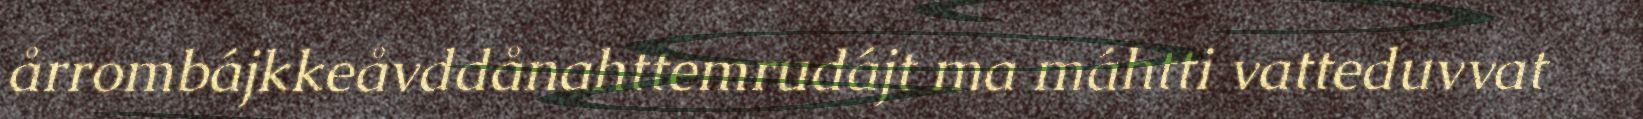
årrombájkkeåvddånahttemrudájt ma máhtti vatteduvvat